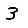
Digit: 3